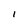
Character: I